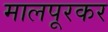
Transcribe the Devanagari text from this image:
मालपूरकर